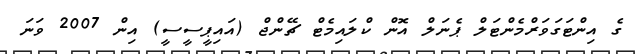
ގެ އިންޓަގަވަރްމެންޓަލް ޕެނަލް އޮން ކްލައިމެޓް ޗޭންޖް (އައިޕީސީސީ) އިން 2007 ވަނަ